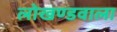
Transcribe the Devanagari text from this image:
लोखण्डवाला